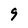
Character: 9